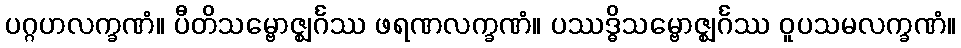
ပဂ္ဂဟလက္ခဏံ။ ပီတိသမ္ဗောဇ္ဈင်္ဂဿ ဖရဏလက္ခဏံ။ ပဿဒ္ဓိသမ္ဗောဇ္ဈင်္ဂဿ ဝူပသမလက္ခဏံ။